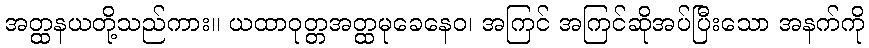
အတ္ထနယတို့သည်ကား။ ယထာဝုတ္တအတ္ထမုခေနေဝ၊ အကြင် အကြင်ဆိုအပ်ပြီးသော အနက်ကို